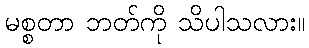
မစ္စတာ ဘတ်ကို သိပါသလား။